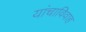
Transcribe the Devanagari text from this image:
यांचाविवाह